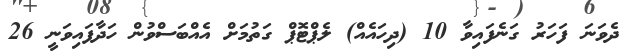
ދެވަނަ ފަހަރު ގަނެފައިވާ 10 (ދިހައެއް) ލެޕްޓޮޕް ގަތުމަށް އެއްބަސްވުން ހަދާފައިވަނީ 26